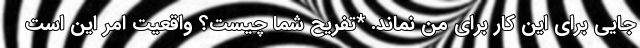
جایی برای این کار برای من نماند. *تفریح شما چیست؟ واقعیت امر این است